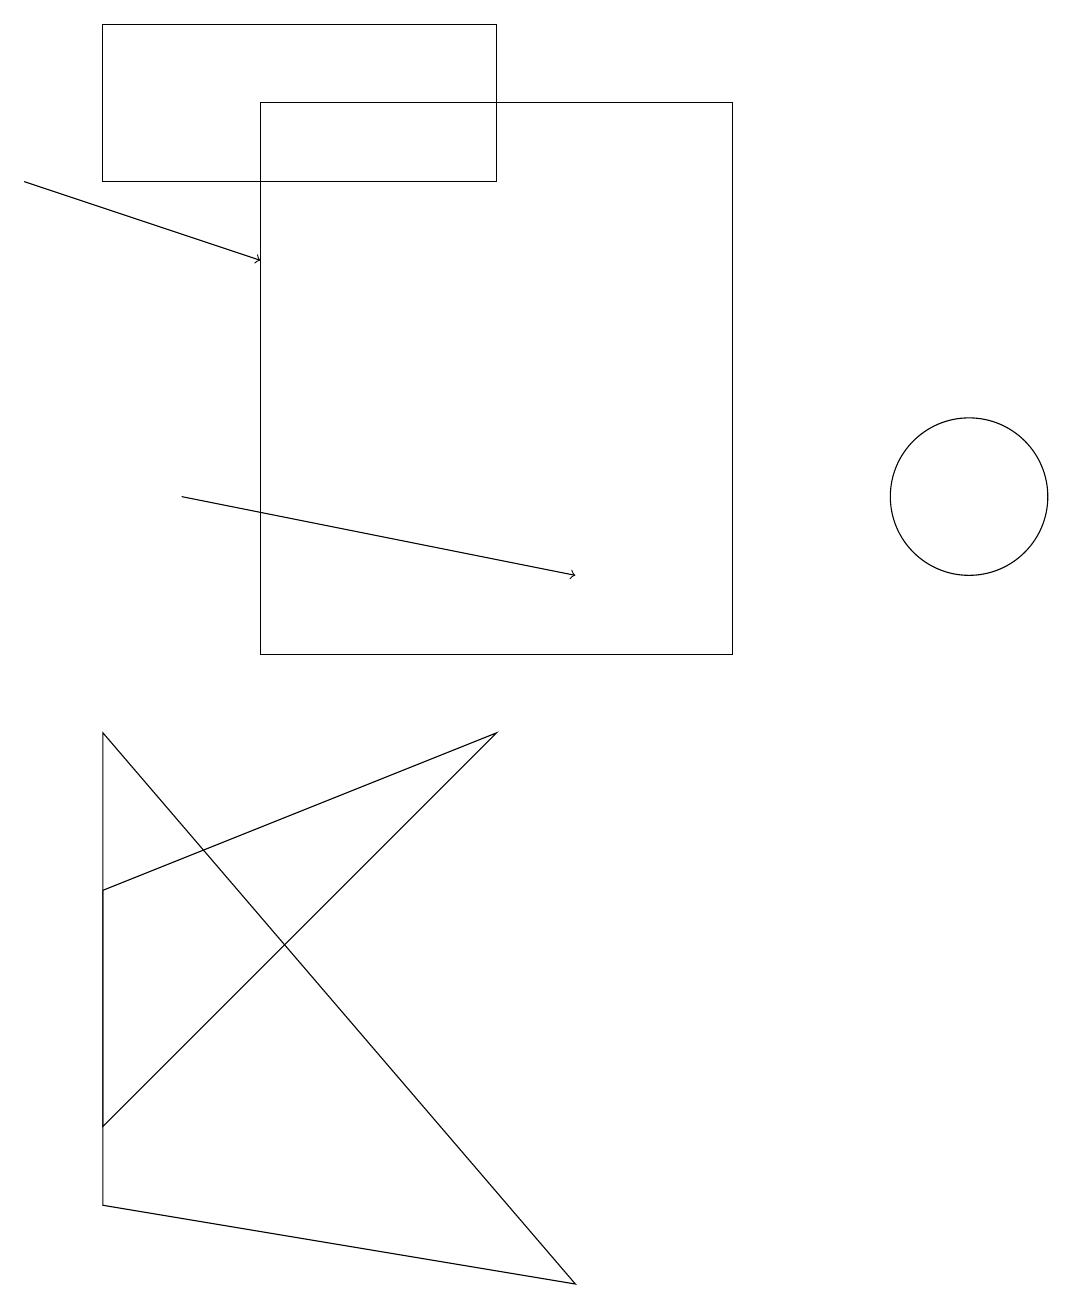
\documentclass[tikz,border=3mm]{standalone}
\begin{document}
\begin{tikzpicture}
\draw (1,7) -- (6,9) -- (1,4) -- cycle;
\draw[->] (0,16) -- (3,15);
\draw (12,12) circle (1);
\draw (6,16) rectangle (1,18);
\draw (9,10) rectangle (3,17);
\draw (1,9) -- (1,3) -- (7,2) -- cycle;
\draw[->] (2,12) -- (7,11);
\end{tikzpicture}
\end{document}